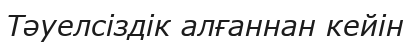
Тәуелсіздік алғаннан кейін